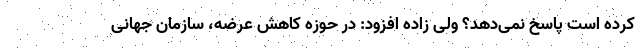
کرده است پاسخ نمی‌دهد؟ ولی زاده افزود: در حوزه کاهش عرضه، سازمان جهانی